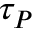
\tau _ { P }